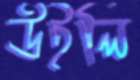
উইলি